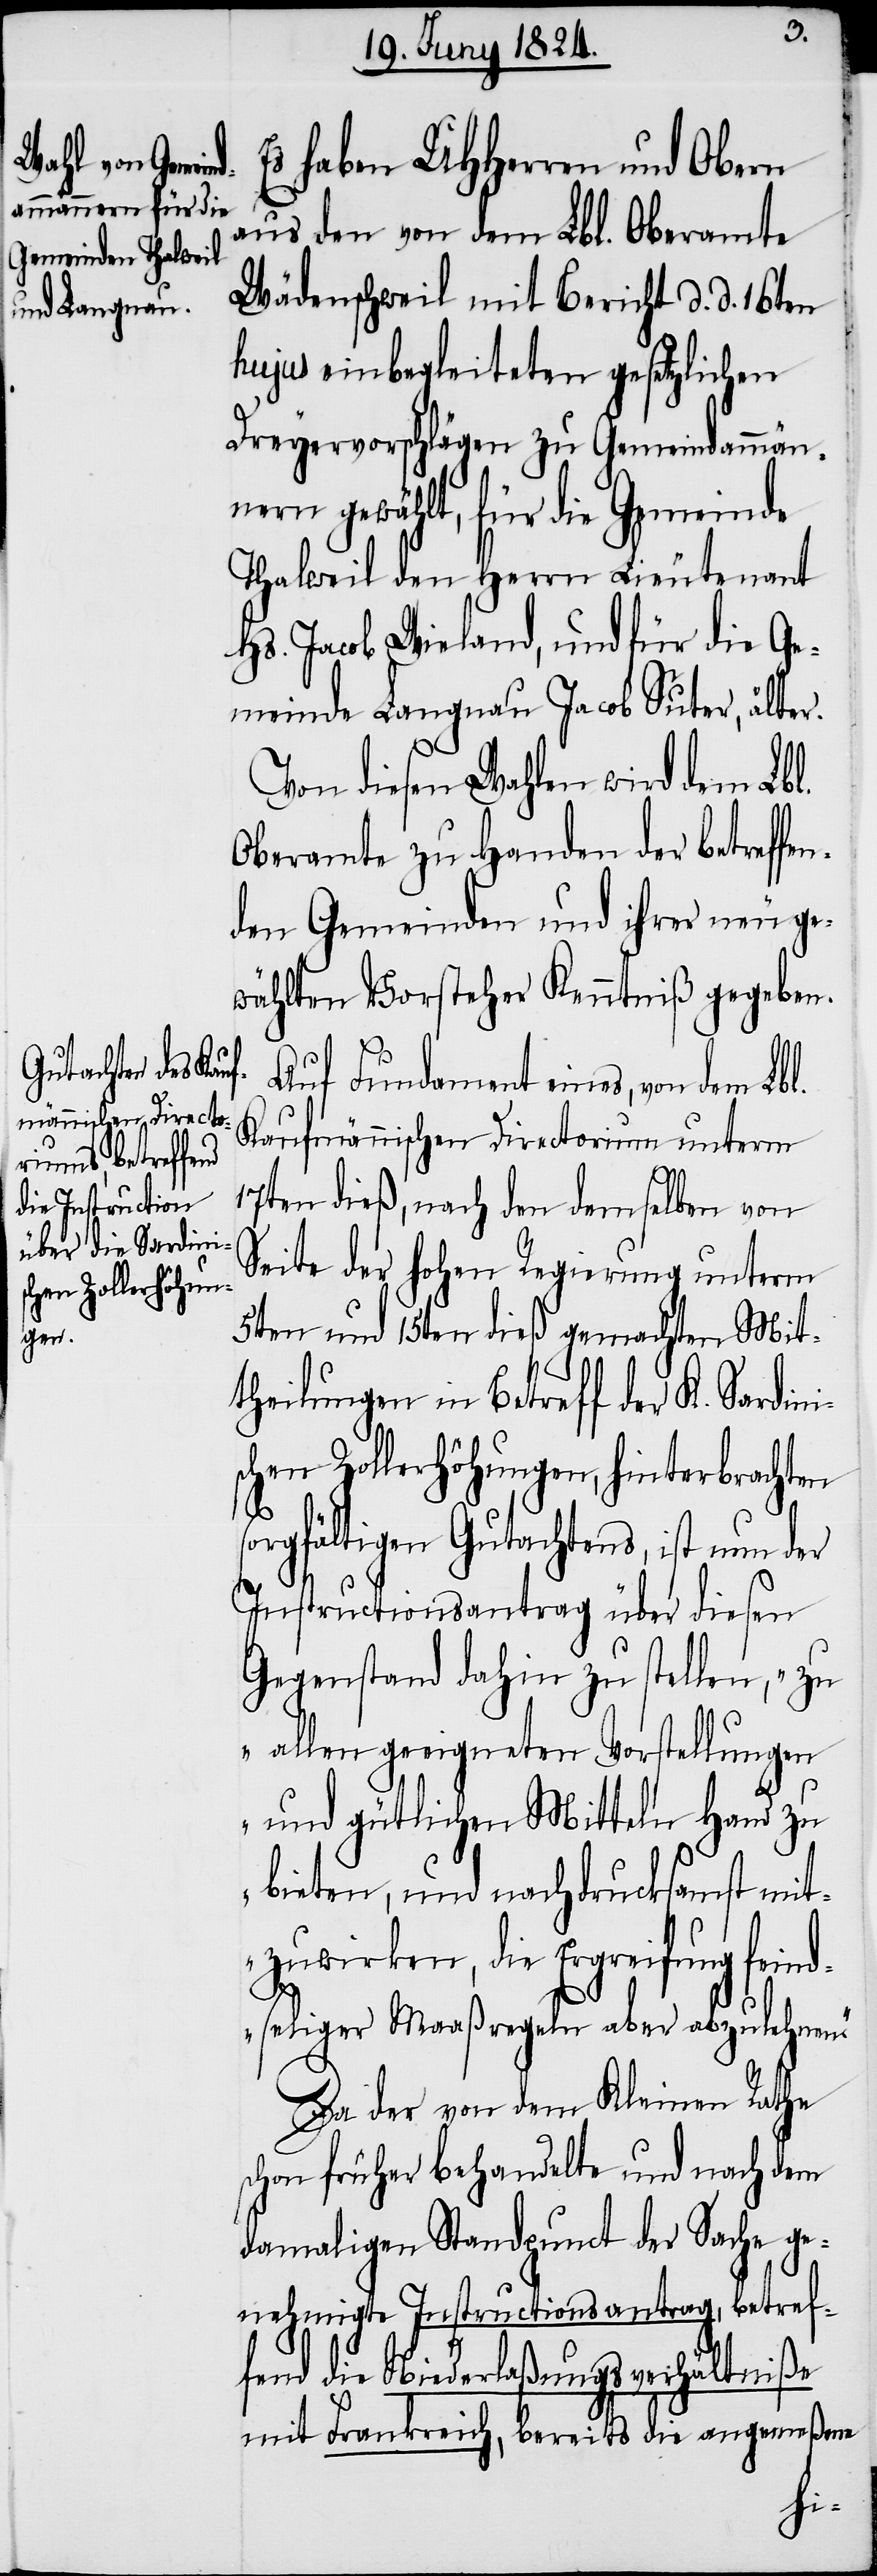
Es haben UHHerren und Obern
aus dem von dem Lbl. Oberamte
Wädenschweil mit Bericht d. d. 16ten
hujus einbegleiteten gesetzlichen
Dreyervorschlägen zu Gemeindammän¬
nern gewählt, für die Gemeinde
Thalweil den Herrn Lieutenant
Hs. Jacob Wieland, und für die Ge¬
meinde Langnau Jacob Suter, älter.
Von diesen Wahlen wird dem Lbl.
Oberamt zu Handen der betreffe¬
den Gemeinden und ihrer neu ge¬
wählten Vorsteher Kenntniß gegeben.
Auf Fundament eines, von dem Lbl.
Kaufmännischen Directorium unterm
s¬
17ten dieß, nach den demselben von
Seite der hohen Regierung unterm
5ten und 15ten dieß gemachten Mit¬
theilungen in Betreff der K. Sardini¬
chen Zollerhöhungen, hinterbrachten
sorgfältigen Gutachtens, ist nun der
Instructionsantrag über diesen
Gegenstand dahin zu stellen, „zu
allen geeigneten Vorstellungen
und gütlichen Mitteln Hand zu
bieten, und nachdrucksamst mit¬
zuwirken, die Ergreifung fein¬
dseliger Maaßregeln aber abzulehnen.“
Da der von dem Kleine Rathe
schon früher behandelte und nach dem
damaligen Standpunkt der Sache ge¬
nehmigte Instructionsantrag, betref¬
fend die Niederlaßungsverhältniße
mit Frankreich, bereits die angemeßene